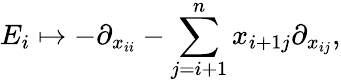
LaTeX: E_{i}\mapsto-\partial_{x_{ii}}-\sum_{j=i+1}^{n}x_{i+1j}\partial_{x_{ij}},